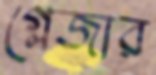
গ্লেজার